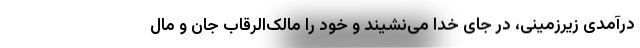
درآمدی زیرزمینی، در جای خدا می‌نشیند و خود را مالک‌الرقاب جان و مال